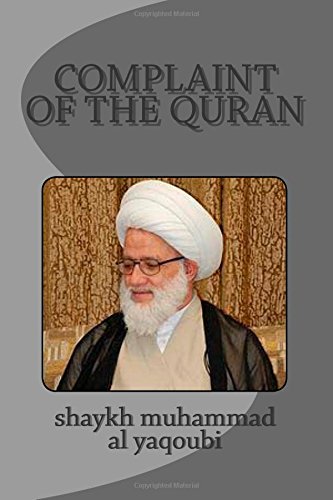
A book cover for complaint of the quran; shaykh muhammad al yaqoubi; Religion & Spirituality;